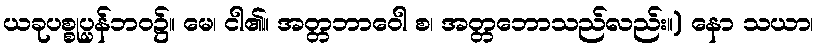
ယခုပစ္စုပ္ပန်ဘဝ၌။ မေ၊ ငါ၏။ အတ္တဘာဝေါ စ၊ အတ္တဘောသည်လည်း။) နော သယာ၊